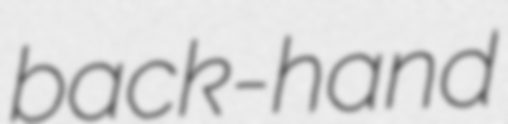
back-hand